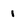
Character: 1